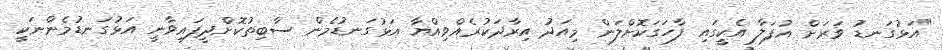
"އަޅުގަނޑު ވަރަށް އުފަލާ އެކީގައި ފާހަގަކޮށްލަން މިއަދު އިރާދަކުރެއްވިއްޔާ އަޅުގަނޑުމެން ސާބިތުކޮށްދީފައިވާނީ އަޅުގަނޑުމެންނަކީ